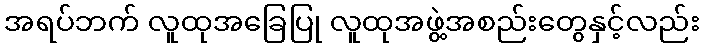
အရပ်ဘက် လူထုအခြေပြု လူထုအဖွဲ့အစည်းတွေနှင့်လည်း